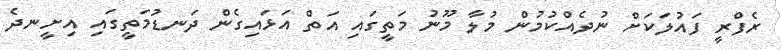
ރެފްރީ ފައުލަކަށް ނުދެއްކުމުން މުލާ މޫނު މަތީގައި އަތް އަޅައިގެން ދަނޑުމަތީގައި އިށީނދެ